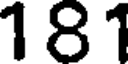
161